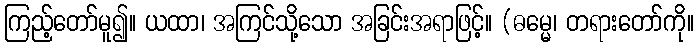
ကြည့်တော်မူ၍။ ယထာ၊ အကြင်သို့သော အခြင်းအရာဖြင့်။ (ဓမ္မေ၊ တရားတော်ကို။